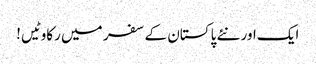
ایک اور نئے پاکستان کے سفر میں رکاوٹیں!